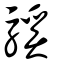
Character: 騱